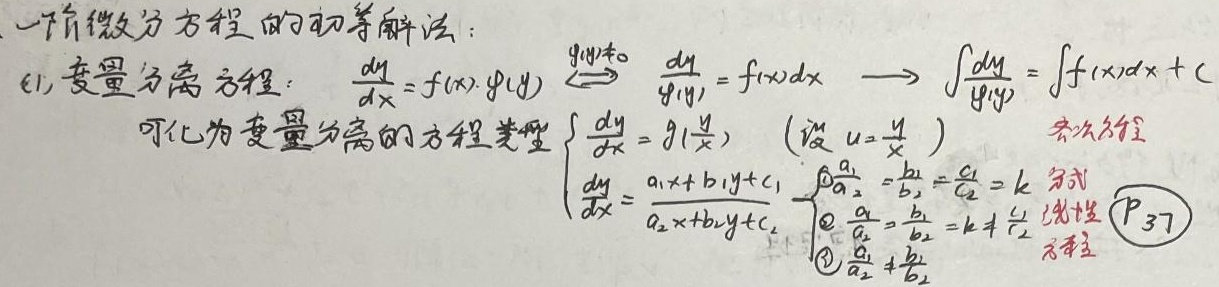
一阶微分方程的初等解法：
(1) 变量分离方程：$\frac{dy}{dx}=f(x)\cdot g(y) \overset{g(y)\neq0}{\Longleftrightarrow} \frac{dy}{g(y)} = f(x)dx  \longrightarrow \int\frac{dy}{g(y)} = \int f(x)dx + C$

可化为变量分离的方程类型
$\begin{cases}
\frac{dy}{dx} = g(\frac{y}{x}) \quad (\text{设 } u = \frac{y}{x} ) \quad \text{齐次方程}\\
\frac{dy}{dx} = \frac{a_1x + b_1y + c_1}{a_2x + b_2y + c_2}
\begin{cases}
\frac{a_1}{a_2} = \frac{b_1}{b_2} = \frac{c_1}{c_2}=k \quad \text{定式}\\
\begin{cases}
\frac{a_1}{a_2} = \frac{b_1}{b_2}=k \neq \frac{c_1}{c_2} \quad \text{线性}\\
\frac{a_1}{a_2} \neq \frac{b_1}{b_2}
\end{cases}\text{方程}
\end{cases} \textcircled{P}_{37}
\end{cases}$